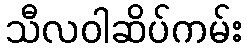
သီလဝါဆိပ်ကမ်း